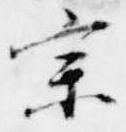
宗